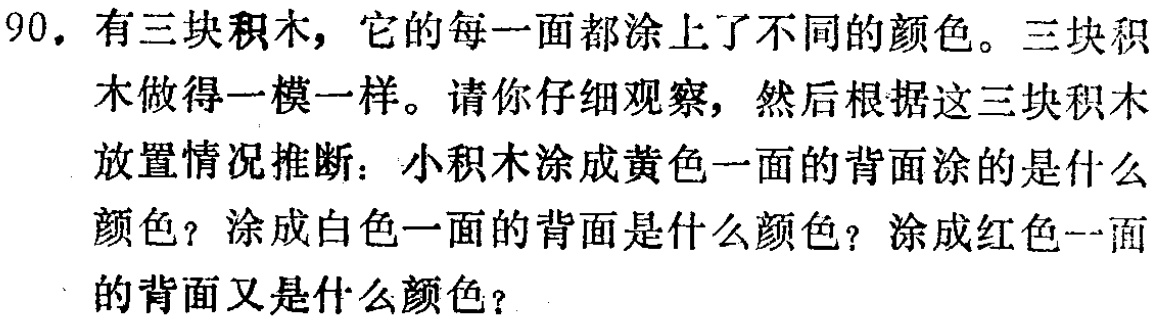
90. 有三块积木，它的每一面都涂上了不同的颜色。三块积木做得一模一样。请你仔细观察，然后根据这三块积木放置情况推断：小积木涂成黄色一面的背面涂的是什么颜色？涂成白色一面的背面是什么颜色？涂成红色一面的背面又是什么颜色？